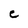
Character: C